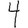
Digit: 4